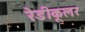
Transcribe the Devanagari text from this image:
रेडीकूलर